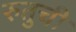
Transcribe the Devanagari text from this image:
रुतुची